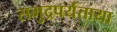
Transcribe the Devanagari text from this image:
समुद्रपर्यंताया